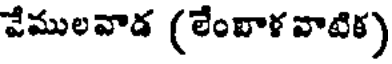
వేములవాడ (లేంబాళ వాటిక)